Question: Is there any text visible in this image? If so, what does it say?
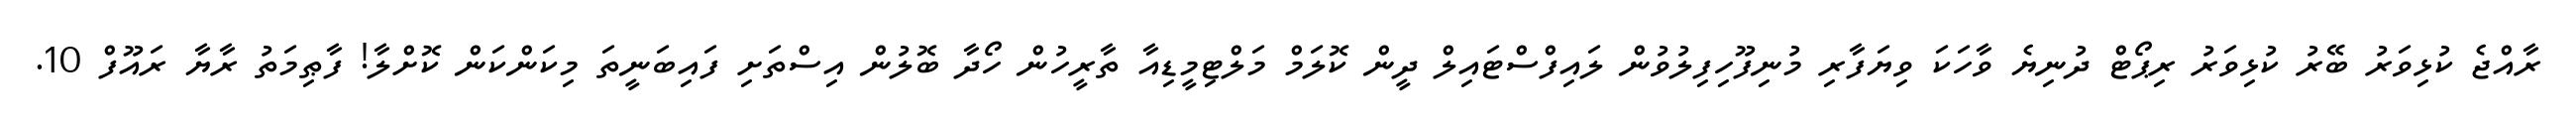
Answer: ރާއްޖެ ކުޅިވަރު ބޭރު ކުޅިވަރު ރިޕޯޓް ދުނިޔެ ވާހަކަ ވިޔަފާރި މުނިފޫހިފިލުވުން ލައިފްސްޓައިލް ދީން ކޮލަމް މަލްޓިމީޑިއާ ތާރީހުން ހޯދާ ބޮލުން އިސްތަށި ފައިބަނީތަ މިކަންކަން ކޮށްލާ! ފާޠިމަތު ރާޔާ ރައޫފް 10.